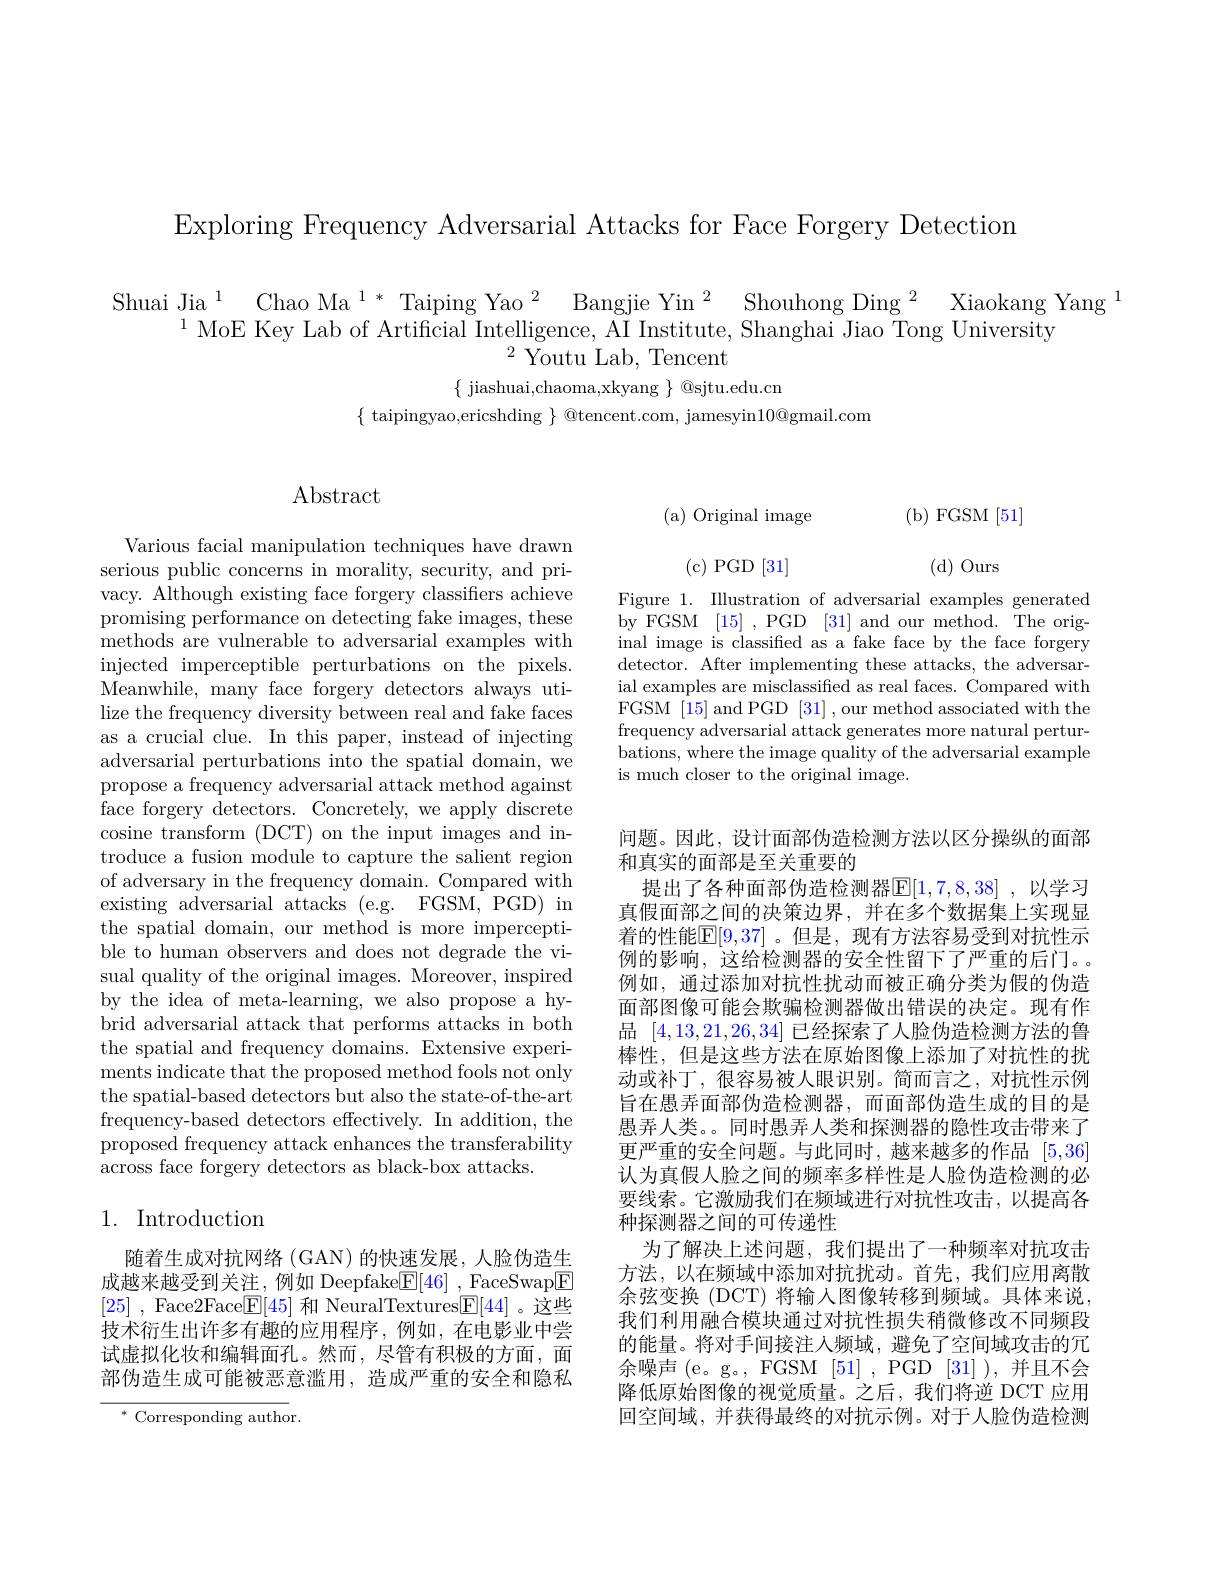
Exploring Frequency Adversarial Attacks for Face Forgery Detection

$\begin{array}{c}{\mathrm{Shuai~Jia}^{1}\text{Chao Ma}^{1*}\text{Taiping Yao}^{2}\text{Bangjie Yin}^{2}\text{Shouhong Ding}^{2}\text{Xiaokang Yang}^{1}}\\{^{1}\text{MoE Key Lab of Artificial Intelligence, AI Institute, Shanghai Jiao Tong University}}\end{array}$
$^{2}$Youtu Lab, Tencent
$\{$ jiashuai,chaoma,xkyang $\}$ @sjtu.edu.cn
$\{$ taipingyao,ericshding $\}$ @tencent.com, jamesyin10@gmail.com

## $\operatorname{Abstract}$

Various facial manipulation techniques have drawn serious public concerns in morality, security, and privacy. Although existing face forgery classifiers achieve promising performance on detecting fake images, these methods are vulnerable to adversarial examples with injected imperceptible perturbations on the pixels. Meanwhile, many face forgery detectors always utilize the frequency diversity between real and fake faces as a crucial clue. In this paper, instead of injecting adversarial perturbations into the spatial domain, we propose a frequency adversarial attack method against face forgery detectors. Concretely, we apply discrete cosine transform (DCT) on the input images and introduce a fusion module to capture the salient region of adversary in the frequency domain. Compared with existing adversarial attacks (e.g. FGSM, PGD) in the spatial domain, our method is more imperceptible to human observers and does not degrade the visual quality of the original images. Moreover, inspired by the idea of meta-learning, we also propose a hybrid adversarial attack that performs attacks in both the spatial and frequency domains. Extensive experiments indicate that the proposed method fools not only the spatial-based detectors but also the state-of-the-art frequency-based detectors effectively. In addition, the proposed frequency attack enhances the transferability across face forgery detectors as black-box attacks

## 1. Introduction

随着生成对抗网络(GAN)的快速发展，人脸伪造生成越来越受到关注，例如 Deepfake$\boxed{\mathrm{F}}[46]$, FaceSwap$\boxed{\mathrm{F}}$ [25] , Face2Face$\boxed{\mathrm{F}}[45]$和 NeuralTextures$\boxed{\mathrm{F}}[44]$ 。这些技术衍生出许多有趣的应用程序，例如，在电影业中尝试虚拟化妆和编辑面孔。然而，尽管有积极的方面，面部伪造生成可能被恶意滥用，造成严重的安全和隐私

$^{*}$ Corresponding author.

(b)FGSM[51]

( a) Original image

(c)PGD[31]

(d) Ours

Figure 1. Illustration of adversarial examples generated by FGSM [15] ,PGD [31] and our method. The original image is classified as a fake face by the face forgery detector. After implementing these attacks, the adversarial examples are misclassified as real faces. Compared with FGSM [15] and PGD [31],our method associated with the frequency adversarial attack generates more natural perturbations, where the image quality of the adversarial example is much closer to the original image.

问题。因此，设计面部伪造检测方法以区分操纵的面部
和真实的面部是至关重要的
提出了各种面部伪造检测器$\mathbb{E}[1,7,8,38]$ ,以学习真假面部之间的决策边界，并在多个数据集上实现显着的性能$\boxed{\mathbb{E}}[9,37]$ 。但是，现有方法容易受到对抗性示例的影响，这给检测器的安全性留下了严重的后门。例如，通过添加对抗性扰动而被正确分类为假的伪造面部图像可能会欺骗检测器做出错误的决定。现有作品[4,13,21,26,34]已经探索了人脸伪造检测方法的鲁棒性，但是这些方法在原始图像上添加了对抗性的扰动或补丁，很容易被人眼识别。简而言之，对抗性示例旨在愚弄面部伪造检测器，而面部伪造生成的目的是愚弄人类。。同时愚弄人类和探测器的隐性攻击带来了更严重的安全问题。与此同时，越来越多的作品[5,36] 认为真假人脸之间的频率多样性是人脸伪造检测的必要线索。它激励我们在频域进行对抗性攻击，以提高各种探测器之间的可传递性
为了解决上述问题，我们提出了一种频率对抗攻击方法，以在频域中添加对抗扰动。首先，我们应用离散余弦变换 (DCT) 将输入图像转移到频域。具体来说， 我们利用融合模块通过对抗性损失稍微修改不同频段的能量。将对手间接注人频域，避免了空间域攻击的冗余噪声(e。g。, FGSM [51], PGD [31]),并且不会降低原始图像的视觉质量。之后，我们将逆 DCT 应用回空间域，并获得最终的对抗示例。对于人脸伪造检测